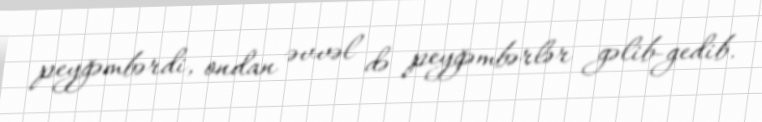
peyğəmbərdi, ondan əvvəl də peyğəmbərlər gəlib-gedib.